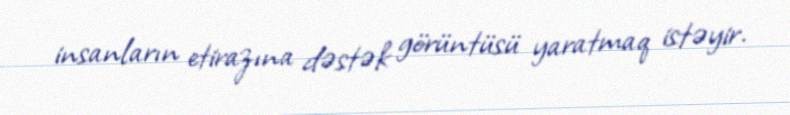
insanların etirazına dəstək görüntüsü yaratmaq istəyir.